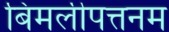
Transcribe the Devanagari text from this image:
बिमलीपत्तनम